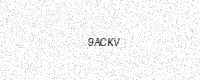
Text: 9ACKV